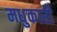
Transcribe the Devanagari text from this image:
मधुकारी